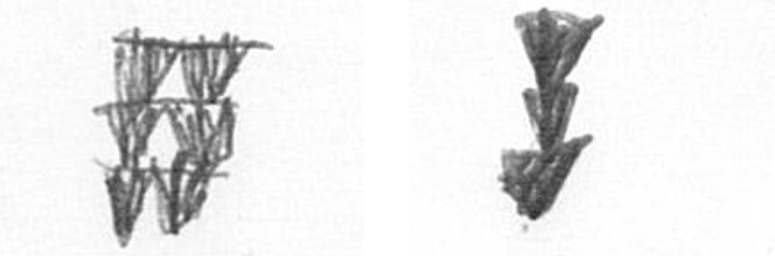
Y E